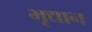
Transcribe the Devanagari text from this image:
भृद्यान